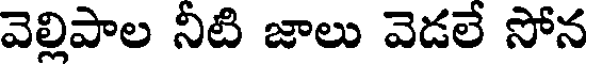
వెల్లిపాల నీటి జాలు వెడలే సోన